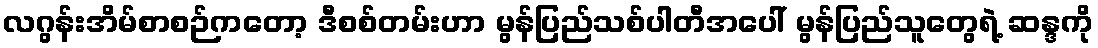
လဂွန်းအိမ်စာစဉ်ကတော့ ဒီစစ်တမ်းဟာ မွန်ပြည်သစ်ပါတီအပေါ် မွန်ပြည်သူတွေရဲ့ ဆန္ဒကို